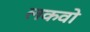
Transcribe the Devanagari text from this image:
लकवो